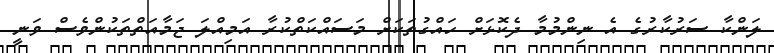
ލަންކާ ސަރުކާރުގެ އެ ނިންމުމާ ދެކޮޅަށް ހައްގުތަކަށް މަސައްކަތްކުރާ އަމިއްލަ ޖަމާއަތްތަކުންވެސް ވަނީ